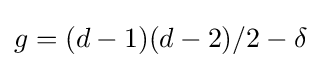
g=(d-1)(d-2)/2-\delta